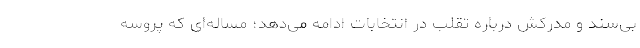
بی‌سند و مدرکش درباره تقلب در انتخابات ادامه می‌دهد؛ مساله‌ای که پروسه